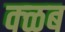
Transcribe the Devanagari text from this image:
क्ळब